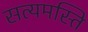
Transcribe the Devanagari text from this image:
सत्यमस्ति